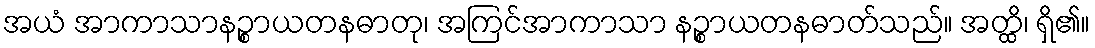
အယံ အာကာသာနဉ္စာယတနဓာတု၊ အကြင်အာကာသာ နဉ္စာယတနဓာတ်သည်။ အတ္ထိ၊ ရှိ၏။